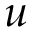
u